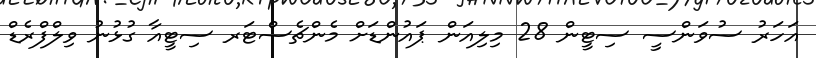
އަހަރު ސުވަންސީ ސިޓީން 28 މިލިއަން ޕައުންޑަށް މެންޗެސްޓަރ ސިޓީއާ ގުޅުނު ވިލްފްރެޑް